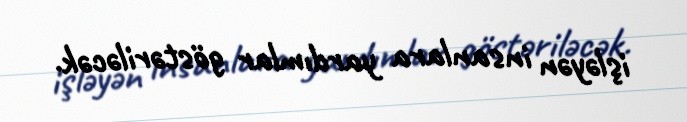
işləyən insanlara yardımlar göstəriləcək.